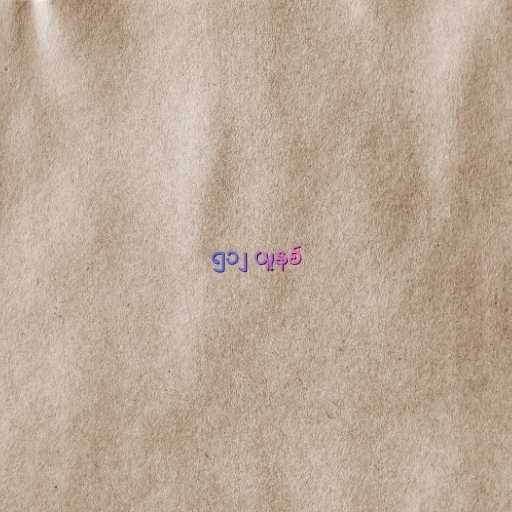
၅၁၂ ယူနစ်